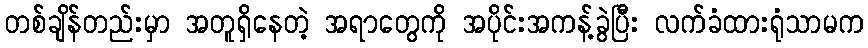
တစ်ချိန်တည်းမှာ အတူရှိနေတဲ့ အရာတွေကို အပိုင်းအကန့်ခွဲပြီး လက်ခံထားရုံသာမက